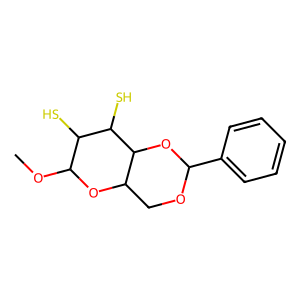
SMILES: COC1OC2COC(c3ccccc3)OC2C(S)C1S
Inhibits HIV replication: No